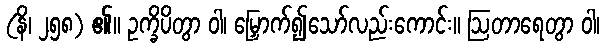
(နိ၊ ၂၅၈) ၏။ ဥက္ခိပိတွာ ဝါ၊ မြှောက်၍သော်လည်းကောင်း။ ဩတာရေတွာ ဝါ၊